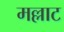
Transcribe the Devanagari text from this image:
मल्लाट